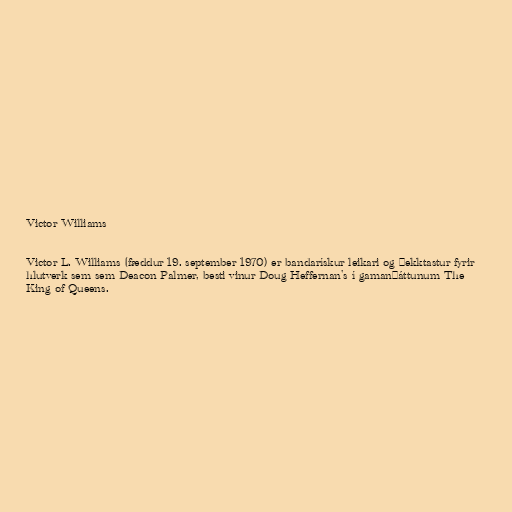
Victor Williams

Victor L. Williams (fæddur 19. september 1970) er bandarískur leikari og þekktastur fyrir
hlutverk sem sem Deacon Palmer, besti vinur Doug Heffernan's í gamanþáttunum The
King of Queens.